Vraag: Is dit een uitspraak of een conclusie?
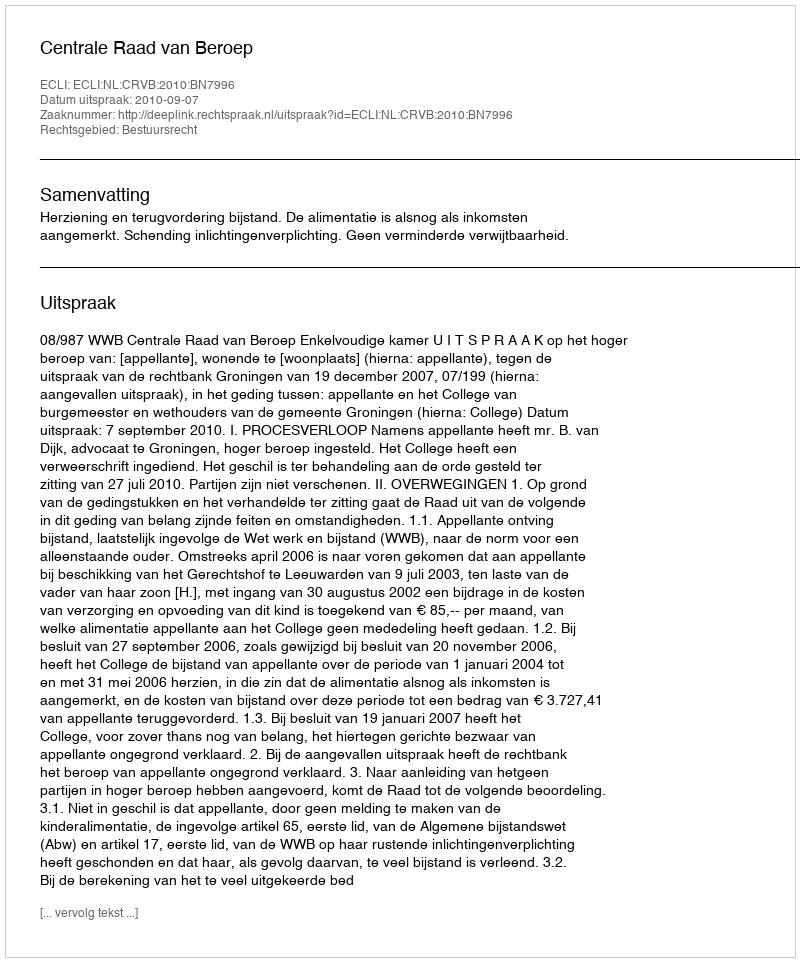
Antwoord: Uitspraak